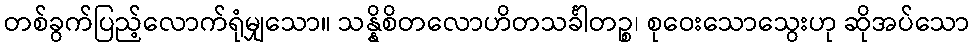
တစ်ခွက်ပြည့်လောက်ရုံမျှသော။ သန္နိစိတလောဟိတသင်္ခါတဉ္စ၊ စုဝေးသောသွေးဟု ဆိုအပ်သော